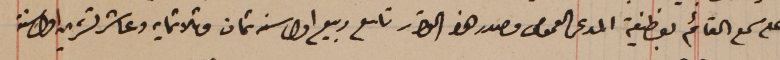
على سمع القائم بوظيفة المدعى العمومى مصدر هذا القرار تاسع ربيع اول سنه ثمان وثلاثمايه وعاشر تشرين اول سنة